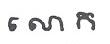
លោក